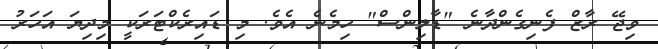
ވިޖޭ ރާޒް ފެނިގެންދާނެ "ޑާލިންސް" ހިމެނެ އެވެ. މި ޑައިރެކްޓަރަކީ މިދިޔަ އަހަރު